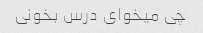
چی میخوای درس بخونی